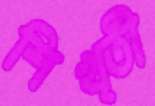
শিখ্তী